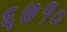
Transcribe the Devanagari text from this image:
६७१०